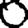
Digit: 0